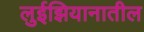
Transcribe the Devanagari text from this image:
लुईझियानातील